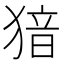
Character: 𤟟